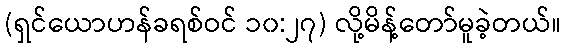
(ရှင်ယောဟန်ခရစ်ဝင် ၁၀:၂၇) လို့မိန့်တော်မူခဲ့တယ်။